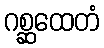
ဂစ္ဆထေတံ